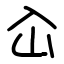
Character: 屳